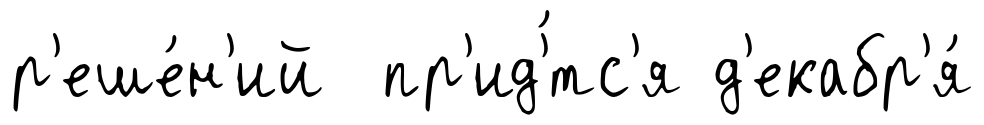
р'еше́н'ий пр'ид'́тс'я д'екабр'я́